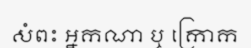
សំពះ អ្នកណា ឬ ក្រោក